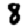
Digit: 8